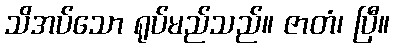
သိအပ်သော ရုပ်မည်သည်။ ဇာတံ၊ ပြီ။